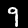
Digit: 9